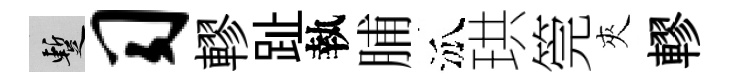
暫习轇趾執脯泒珙筦夾轇